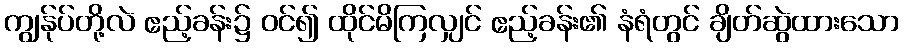
ကျွန်ုပ်တို့လဲ ဧည့်ခန်း၌ ဝင်၍ ထိုင်မိကြလျှင် ဧည့်ခန်း၏ နံရံတွင် ချိတ်ဆွဲထားသော